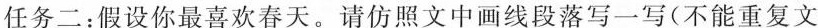
任务二: 假设你最喜欢春天。请仿照文中画线段落写一写(不能重复文